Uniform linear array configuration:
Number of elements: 16
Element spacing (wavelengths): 0.5
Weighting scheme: uniform
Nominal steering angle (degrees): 0
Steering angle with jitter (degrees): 1.836
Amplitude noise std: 0.05
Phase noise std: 0.05

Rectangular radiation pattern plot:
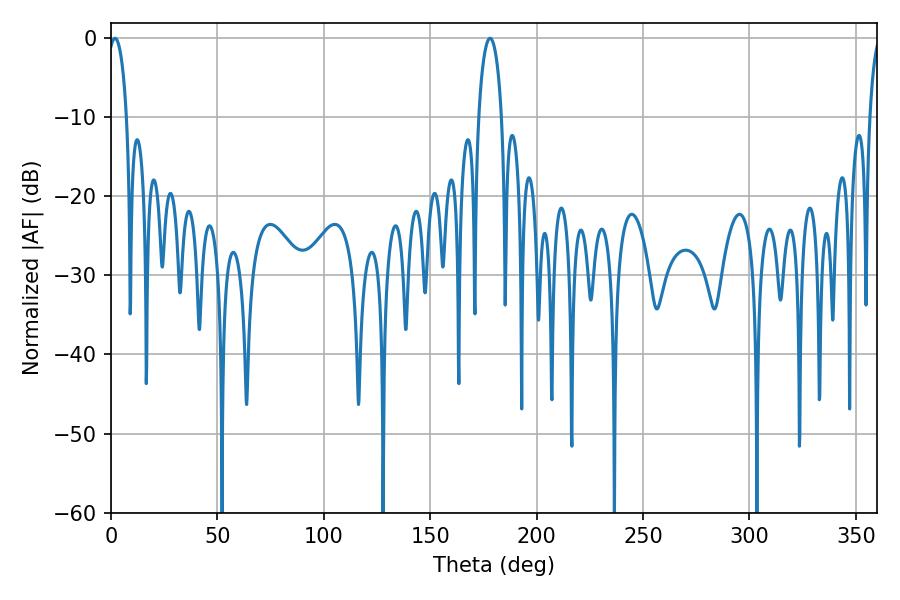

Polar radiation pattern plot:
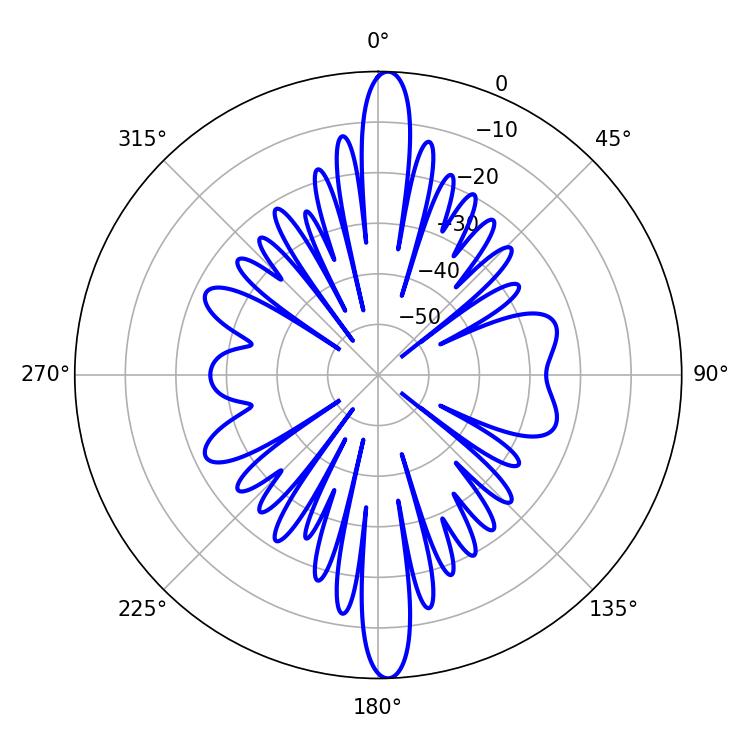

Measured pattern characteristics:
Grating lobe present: FALSE
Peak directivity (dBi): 23.745
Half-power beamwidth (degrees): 5.04
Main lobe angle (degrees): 1.8